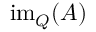
\operatorname { i m } _ { Q } ( A )